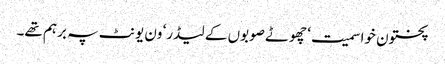
پختون خوا سمیت‘ چھوٹے صوبوں کے لیڈر‘ ون یونٹ پہ برہم تھے۔